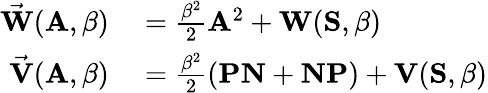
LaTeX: \begin{array}{rl}{\vec{\mathbf{W}}(\mathbf{A},\beta)}&{{}=\frac{\beta^{2}}{2}\mathbf{A}^{2}+\mathbf{W}(\mathbf{S},\beta)}\\ {\vec{\mathbf{V}}(\mathbf{A},\beta)}&{{}=\frac{\beta^{2}}{2}\left(\mathbf{PN}+\mathbf{NP}\right)+\mathbf{V}(\mathbf{S},\beta)}\end{array}